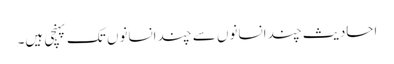
احادیث چند انسانوں سے چند انسانوں تک پہنچی ہیں۔